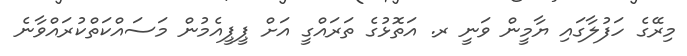
މިރޭގެ ހަފުލާގައި ޔާމީން ވަނީ ރ. އަތޮޅުގެ ތަރައްގީ އަށް ޕީޕީއެމުން މަސައްކަތްކުރައްވާނެ